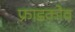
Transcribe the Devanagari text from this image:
फ्राडकोव